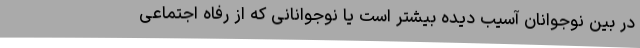
در بین نوجوانان آسیب دیده بیشتر است یا نوجوانانی که از رفاه اجتماعی